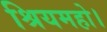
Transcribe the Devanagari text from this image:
श्रियमहो।